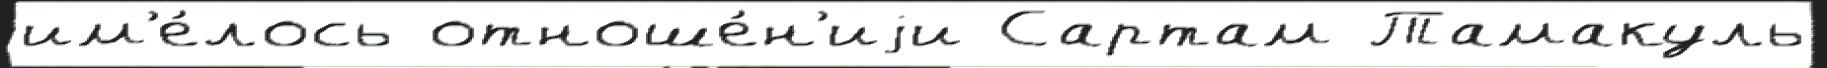
им'е́лось отноше́н'иjи Сартам Тамакуль